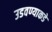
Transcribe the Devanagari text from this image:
उडवण्याकडे